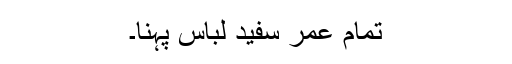
تمام عمر سفید لباس پہنا۔